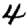
Digit: 4